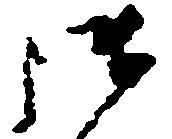
御